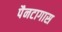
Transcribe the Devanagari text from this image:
पैनटागास